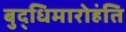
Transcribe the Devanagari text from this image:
बुद्धिमारोहंति